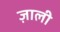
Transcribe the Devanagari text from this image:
ज़ाली